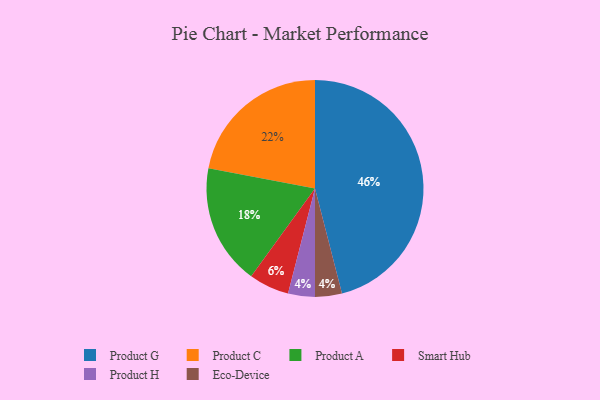
{"axis": {"x": "Category", "y": "Percentage"}, "legend": ["Eco-Device", "Product A", "Product C", "Product G", "Product H", "Smart Hub"], "data": [{"x": "Product H", "y": 4, "type": "Product H"}, {"x": "Product A", "y": 18, "type": "Product A"}, {"x": "Product G", "y": 46, "type": "Product G"}, {"x": "Smart Hub", "y": 6, "type": "Smart Hub"}, {"x": "Product C", "y": 22, "type": "Product C"}, {"x": "Eco-Device", "y": 4, "type": "Eco-Device"}]}